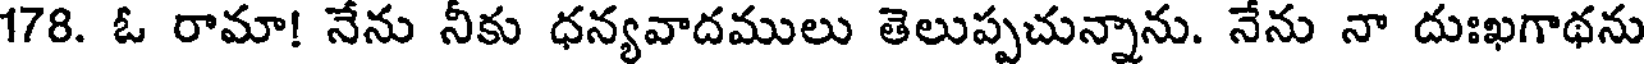
178. ఓ రామా! నేను నీకు ధన్యవాదములు తెలుప్పచున్నాను. నేను నా దుఃఖగాథను